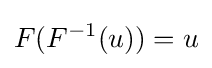
F(F^{-1}(u))=u